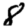
Digit: 8